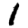
Digit: 1